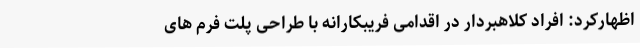
اظهارکرد: افراد کلاهبردار در اقدامی فریبکارانه با طراحی پلت فرم های